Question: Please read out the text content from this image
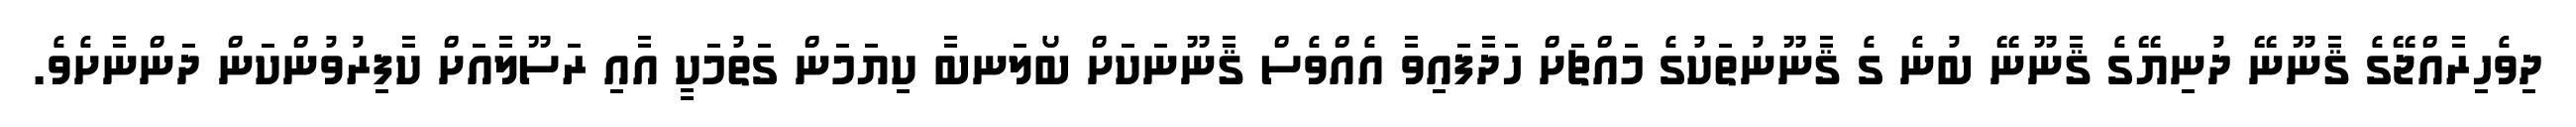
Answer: ދިވެހިރާއްޖޭގެ ޤާނޫނޭ ދުނިޔޭގެ ޤާނޫނޭ ބުނެ ގެ ޤާނޫނުތަކުގެ މައްޗަށް ހަދާފައިވާ އެއްވެސް ޤާނޫނަކަށް ބޯލަނބާ ކިޔަމަން ގަތުމަކީ އާއި ރަސޫލާއަށް ކާފިރުވުންކަން ދަންނާށެވެ.